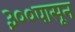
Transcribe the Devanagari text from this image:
३००पासून